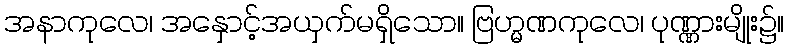
အနာကုလေ၊ အနှောင့်အယှက်မရှိသော။ ဗြဟ္မဏကုလေ၊ ပုဏ္ဏားမျိုး၌။